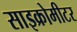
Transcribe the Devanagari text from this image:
साइक्रोमीटर